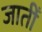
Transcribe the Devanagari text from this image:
जातीँ